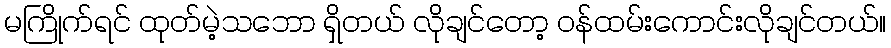
မကြိုက်ရင် ထုတ်မဲ့သဘော ရှိတယ် လိုချင်တော့ ဝန်ထမ်းကောင်းလိုချင်တယ်။